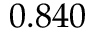
0 . 8 4 0